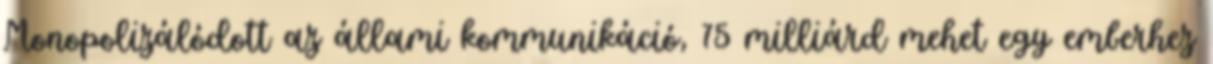
Monopolizálódott az állami kommunikáció, 75 milliárd mehet egy emberhez